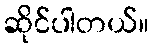
ဆိုင်ပါတယ်။